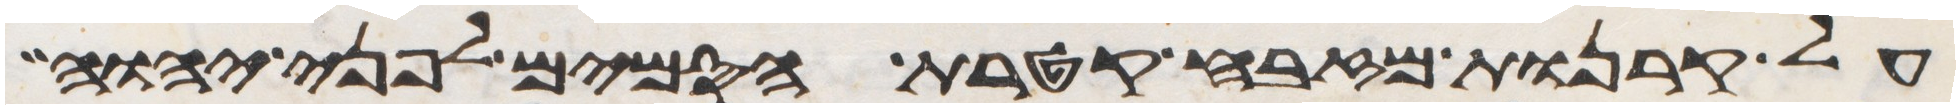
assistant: על קרנות המזבח קטרת הסמים לפני יהוה